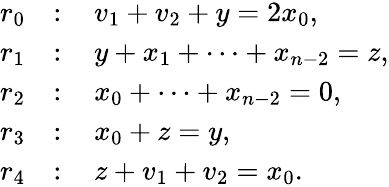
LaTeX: \begin{array}{rl}{r_{0}}&{\colon\quad v_{1}+v_{2}+y=2x_{0},}\\ {r_{1}}&{\colon\quad y+x_{1}+\cdots+x_{n-2}=z,}\\ {r_{2}}&{\colon\quad x_{0}+\cdots+x_{n-2}=0,}\\ {r_{3}}&{\colon\quad x_{0}+z=y,}\\ {r_{4}}&{\colon\quad z+v_{1}+v_{2}=x_{0}.}\end{array}